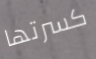
كسرتها